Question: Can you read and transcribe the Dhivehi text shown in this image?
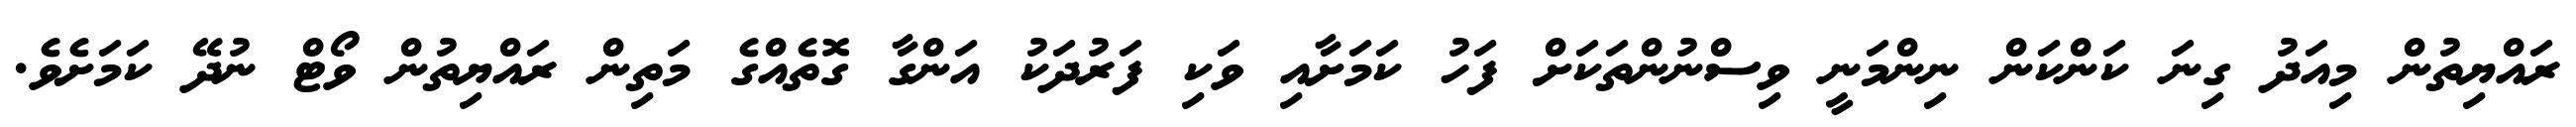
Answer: ރައްޔިތުން މިއަދު ގިނަ ކަންކަން ނިންމަނީ ވިސްނުންތަކަށް ފަހު ކަމަށާއި ވަކި ފަރުދަކު އަންގާ ގޮތެއްގެ މަތިން ރައްޔިތުން ވޯޓް ނުދޭ ކަމަށެވެ.